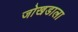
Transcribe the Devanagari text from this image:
जोखडाला